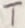
Text: 2N4870